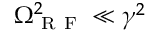
\Omega _ { \mathrm { ~ R ~ F ~ } } ^ { 2 } \ll \gamma ^ { 2 }